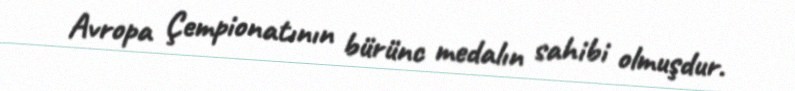
Avropa Çempionatının bürünc medalın sahibi olmuşdur.